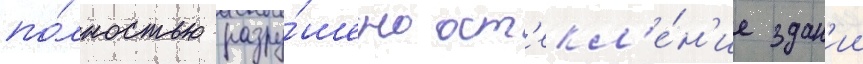
по́лностью разру́шено ост'екл'е́н'ие здан'ии